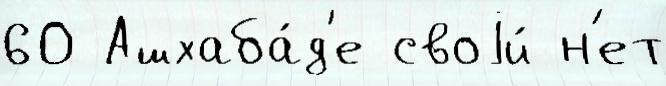
60 Ашхаба́д'е своjи́ н'ет